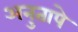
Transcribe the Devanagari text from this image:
अनुतापे